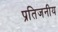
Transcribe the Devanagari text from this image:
प्रतिजनीय